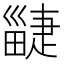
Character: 疀